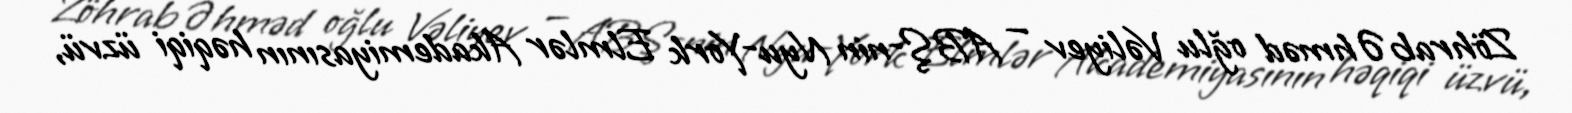
Zöhrab Əhməd oğlu Vəliyev — ABŞ-nin Nyu-York Elmlər Akademiyasının həqiqi üzvü,